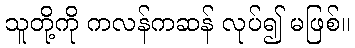
သူတို့ကို ကလန်ကဆန် လုပ်၍ မဖြစ်။